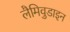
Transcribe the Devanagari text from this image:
लैमिवुडाइन